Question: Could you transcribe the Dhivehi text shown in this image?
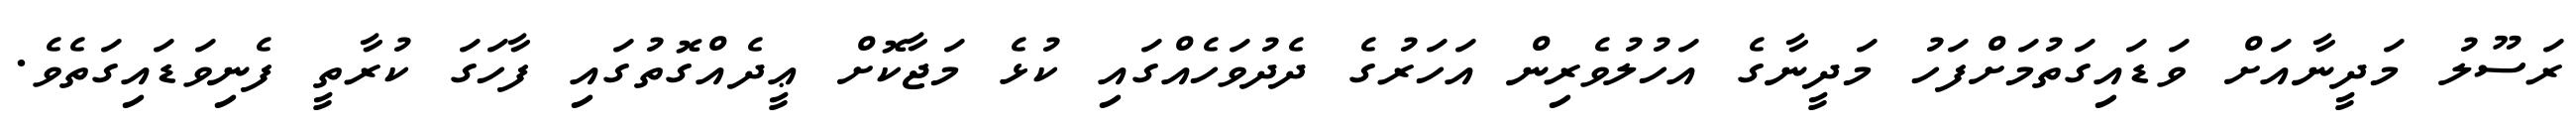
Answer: ރަސޫލު މަދީނާއަށް ވަޑައިގަތުމަށްފަހު މަދީނާގެ އަހުލުވެރިން އަހަރުގެ ދެދުވަހެއްގައި ކުޅެ މަޖާކޮށް ޢީދެއްގޮތުގައި ފާހަގަ ކުރާތީ ފެނިވަޑައިގަތެވެ.